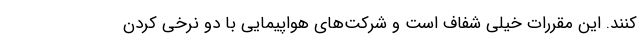
کنند. این مقررات خیلی شفاف است و شرکت‌های هواپیمایی با دو نرخی کردن